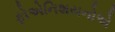
ફોએનિશયનોએ